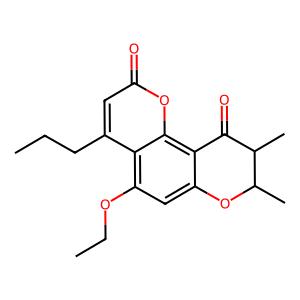
SMILES: CCCc1cc(=O)oc2c3c(cc(OCC)c12)OC(C)C(C)C3=O
Inhibits HIV replication: No